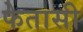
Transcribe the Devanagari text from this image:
फेतासी